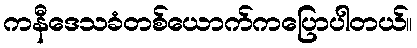
ကနီဒေသခံတစ်ယောက်ကပြောပါတယ်။